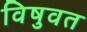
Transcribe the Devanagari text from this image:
विषुवत